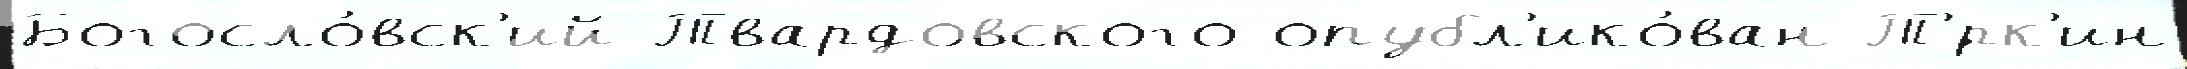
Богосло́вск'ий Твардовского опубл'ико́ван Т'́рк'ин